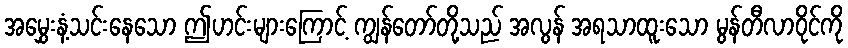
အမွှေးနံ့သင်းနေသော ဤဟင်းများကြောင့် ကျွန်တော်တို့သည် အလွန် အရသာထူးသော မွန်တီလာဝိုင်ကို